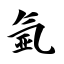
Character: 氩